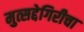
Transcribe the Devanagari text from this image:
मुत्सद्देगिरीचा